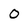
Character: O